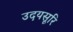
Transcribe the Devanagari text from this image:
उदयसूरि